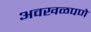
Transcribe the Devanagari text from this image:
अवखळपणे